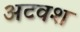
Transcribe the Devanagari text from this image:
अटवश